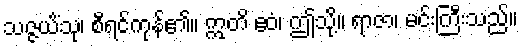
သဇ္ဇယိံသု၊ စီရင်ကုန်၏။ ဣတိ ဧဝံ၊ ဤသို့။ ရာဇာ၊ မင်းကြီးသည်။